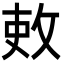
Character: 𫾫